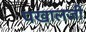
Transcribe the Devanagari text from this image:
पखालजी